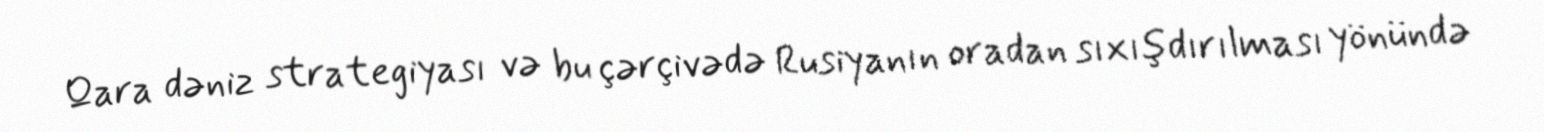
Qara dəniz strategiyası və bu çərçivədə Rusiyanın oradan sıxışdırılması yönündə